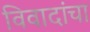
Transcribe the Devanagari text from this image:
विवादांचा